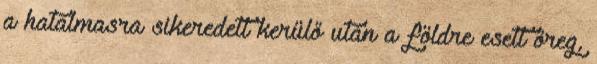
a hatalmasra sikeredett kerülő után a földre esett öreg,